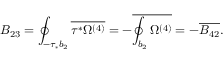
B _ { 2 3 } = \oint _ { - \tau _ { * } b _ { 2 } } \overline { { { \tau ^ { * } \Omega ^ { ( 4 ) } } } } = - \overline { { { \oint _ { b _ { 2 } } \Omega ^ { ( 4 ) } } } } = - \overline { { { B _ { 4 2 } } } } .